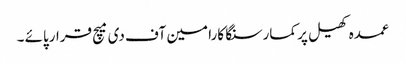
عمدہ کھیل پر کمارسنگا کارا مین آف دی میچ قرارپائے ۔